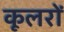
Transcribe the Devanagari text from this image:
कूलरों